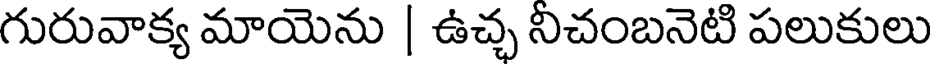
గురువాక్య మాయెను | ఉచ్చ నిచంబనెటి పలుకులు